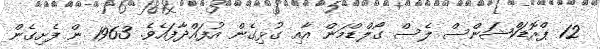
12 ޕްރޮޑަކްޝަންސް ލެސް ގޯލްޑްމަން އާއި ގުޅިގެން އުފައްދާފައެވެ. 1963 ން ފެށިގެން